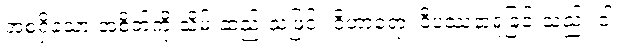
အစရှိသော အစိတ်ကို သိမ်းဆည်းသဖြင့်။ ဝိဟာရော၊ ဝိပဿနာရှုခြင်းသည်။ ဝါ၊